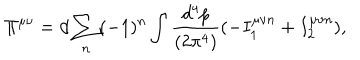
\Pi ^ { \mu \nu } = d \sum _ { n } ( - 1 ) ^ { n } \int { \frac { d ^ { 4 } p } { ( 2 \pi ^ { 4 } ) } } ( - I _ { 1 } ^ { \mu \nu n } + I _ { 2 } ^ { \mu \nu n } ) ,